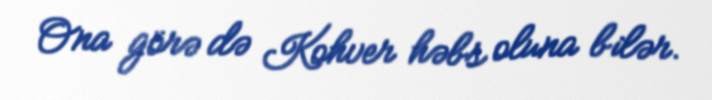
Ona görə də Kohver həbs oluna bilər.